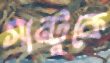
সান্টুকে